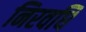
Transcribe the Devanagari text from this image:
निरवधि